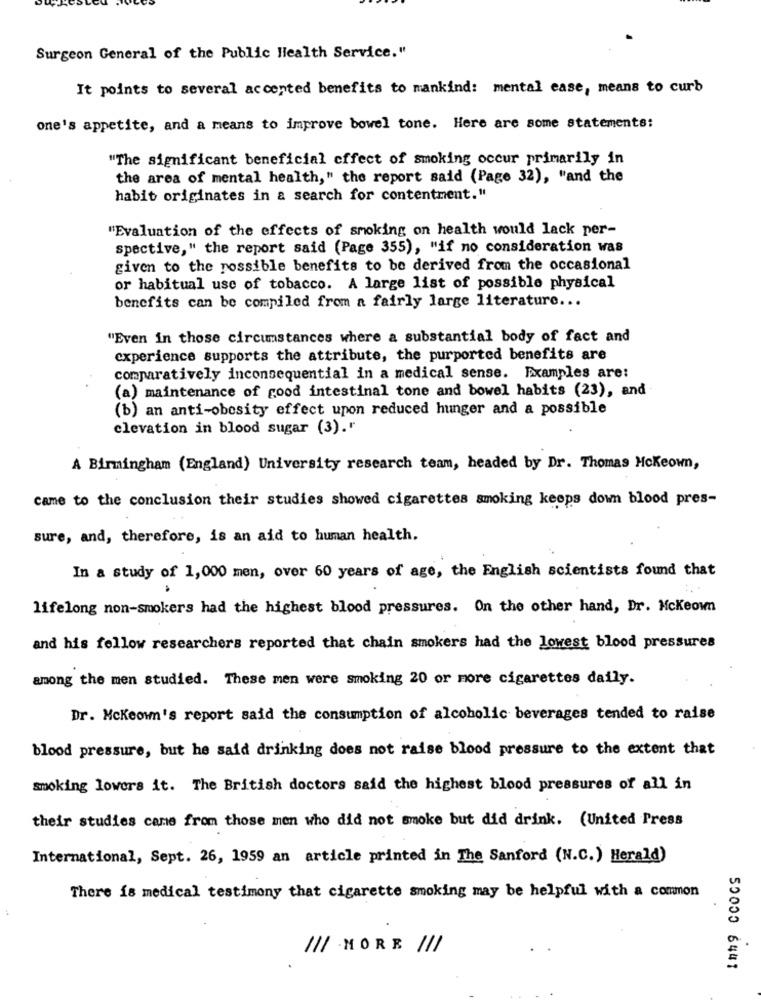
Surgeon General of the Public Health Service."
It points to several accented benefits to mankind: mental ease, means to curb
one's appetite, and a means to improve bowel tone. Here are some statements:
"The significant beneficial effect of smoking occur primarily in
the area of mental health," the report said (Page 32), "and the
habit originates in a search for contentment."
"Evaluation of the effects of smoking on health would lack per-
spective," the report said (Page 355), "if no consideration was
given to the possible benefits to be derived from the occasional
or habitual use of tobacco. A large list of possible physical
benefits can be compiled from a fairly large literature ...
"Even in those circumstances where a substantial body of fact and
experience supports the attribute, the purported benefits are
comparatively inconsequential in a medical sense. Examples are:
(a) maintenance of good intestinal tone and bowel habits (23), and
(b) an anti-obesity effect upon reduced hunger and a possible
elevation in blood sugar (3)."
A Birmingham (England) University research team, headed by Dr. Thomas Mckeown,
came to the conclusion their studies showed cigarettes smoking keeps down blood pres-
sure, and, therefore, is an aid to human health.
In a study of 1,000 men, over 60 years of age, the English scientists found that
lifelong non-smokers had the highest blood pressures. On the other hand, Dr. Mckeown
and his fellow researchers reported that chain smokers had the lowest blood pressures
among the men studied. These men were smoking 20 or more cigarettes daily.
Dr. Mckeown's report said the consumption of alcoholic beverages tended to raise
blood pressure, but he said drinking does not raise blood pressure to the extent that
smoking lowers it. The British doctors said the highest blood pressures of all in
their studies came from those men who did not smoke but did drink. (United Press
International, Sept. 26, 1959 an article printed in The Sanford (N.C.) Herald)
There is medical testimony that cigarette smoking may be helpful with a common
/// MORE ///
50000 6441